Vaccination in Bombay 1913-1923 - 1913-1923
Year: 1913
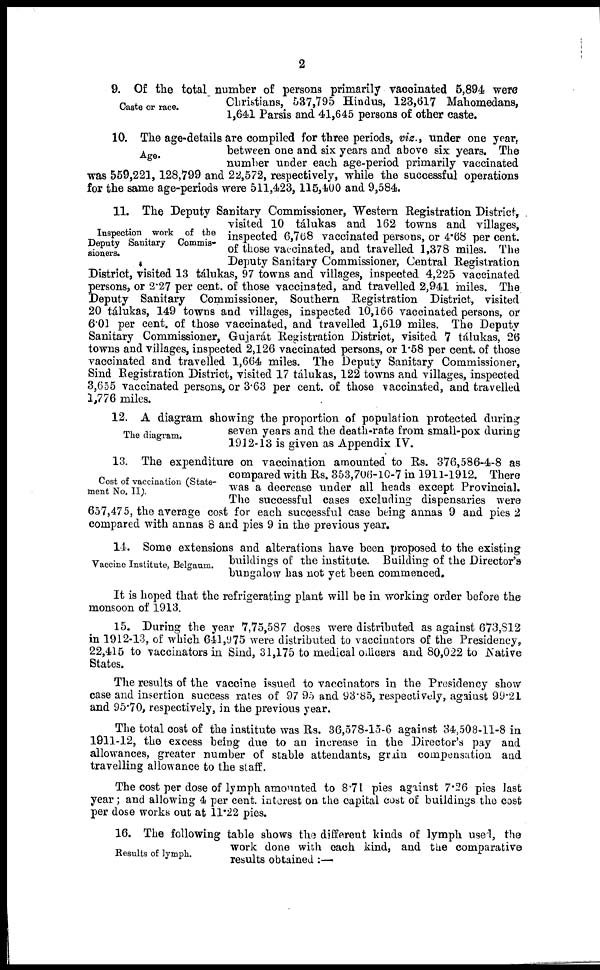
2
Caste or race.
9. Of the total number of persons primarily vaccinated 5,894 were
Christians, 537,795 Hindus, 123,617 Mahomedans,
1,641 Parsis and 41,645 persons of other caste.
Age.
10. The age-details are compiled for three periods, viz., under one year,
between one and six years and above six years. The
number under each age-period primarily vaccinated
was 559,221, 128,799 and 22,572, respectively, while the successful operations
for the same age-periods were 511,423, 115,400 and 9,584.
Inspection work of the
Deputy Sanitary Commis-
sioners.
11. The Deputy Sanitary Commissioner, Western Registration District,
visited 10 tálukas and 162 towns and villages,
inspected 6,768 vaccinated persons, or 4.68 per cent.
of those vaccinated, and travelled 1,378 miles. The
Deputy Sanitary Commissioner, Central Registration
District, visited 13 tálukas, 97 towns and villages, inspected 4,225 vaccinated
persons, or 2.27 per cent. of those vaccinated, and travelled 2,941 miles. The
Deputy Sanitary Commissioner, Southern Registration District, visited
20 tálukas, 149 towns and villages, inspected 10,166 vaccinated persons, or
6.01 per cent. of those vaccinated, and travelled 1,619 miles. The Deputy
Sanitary Commissioner, Gujarát Registration District, visited 7 tálukas, 26
towns and villages, inspected 2,126 vaccinated persons, or 1.58 per cent. of those
vaccinated and travelled 1,664 miles. The Deputy Sanitary Commissioner,
Sind Registration District, visited 17 tálukas, 122 towns and villages, inspected
3,655 vaccinated persons, or 3.63 per cent. of those vaccinated, and travelled
1,776 miles.
The diagram.
12. A diagram showing the proportion of population protected during
seven years and the death-rate from small-pox during
1912-13 is given as Appendix IV.
Cost of vaccination (State-
ment No. II).
13. The expenditure on vaccination amounted to Rs. 376,586-4-8 as
compared with Rs. 353,706-10-7 in 1911-1912. There
was a decrease under all heads except Provincial.
The successful cases excluding dispensaries were
657,475, the average cost for each successful case being annas 9 and pies 2
compared with annas 8 and pies 9 in the previous year.
Vaccine Institute, Belgaum.
14. Some extensions and alterations have been proposed to the existing
buildings of the institute. Building of the Director's
bungalow has not yet been commenced.
It is hoped that the refrigerating plant will be in working order before the
monsoon of 1913.
15. During the year 7,75,587 doses were distributed as against 673,812
in 1912-13, of which 641,975 were distributed to vaccinators of the Presidency,
22,415 to vaccinators in Sind, 31,175 to medical officers and 80,022 to Native
States.
The results of the vaccine issued to vaccinators in the Presidency show
case and insertion success rates of 97.95 and 93.85, respectively, against 99.21
and 95.70, respectively, in the previous year.
The total cost of the institute was Rs. 36,578-15-6 against 34,508-11-8 in
1911-12, the excess being due to an increase in the Director's pay and
allowances, greater number of stable attendants, grain compensation and
travelling allowance to the staff.
The cost per dose of lymph amounted to 8.71 pies against 7.26 pies last
year; and allowing 4 per cent. interest on the capital cost of buildings the cost
per dose works out at 11.22 pies.
Results of lymph.
16. The following table shows the different kinds of lymph used, the
work done with each kind, and the comparative
results obtained :—